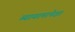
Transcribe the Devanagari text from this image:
व्यायामापेक्षा